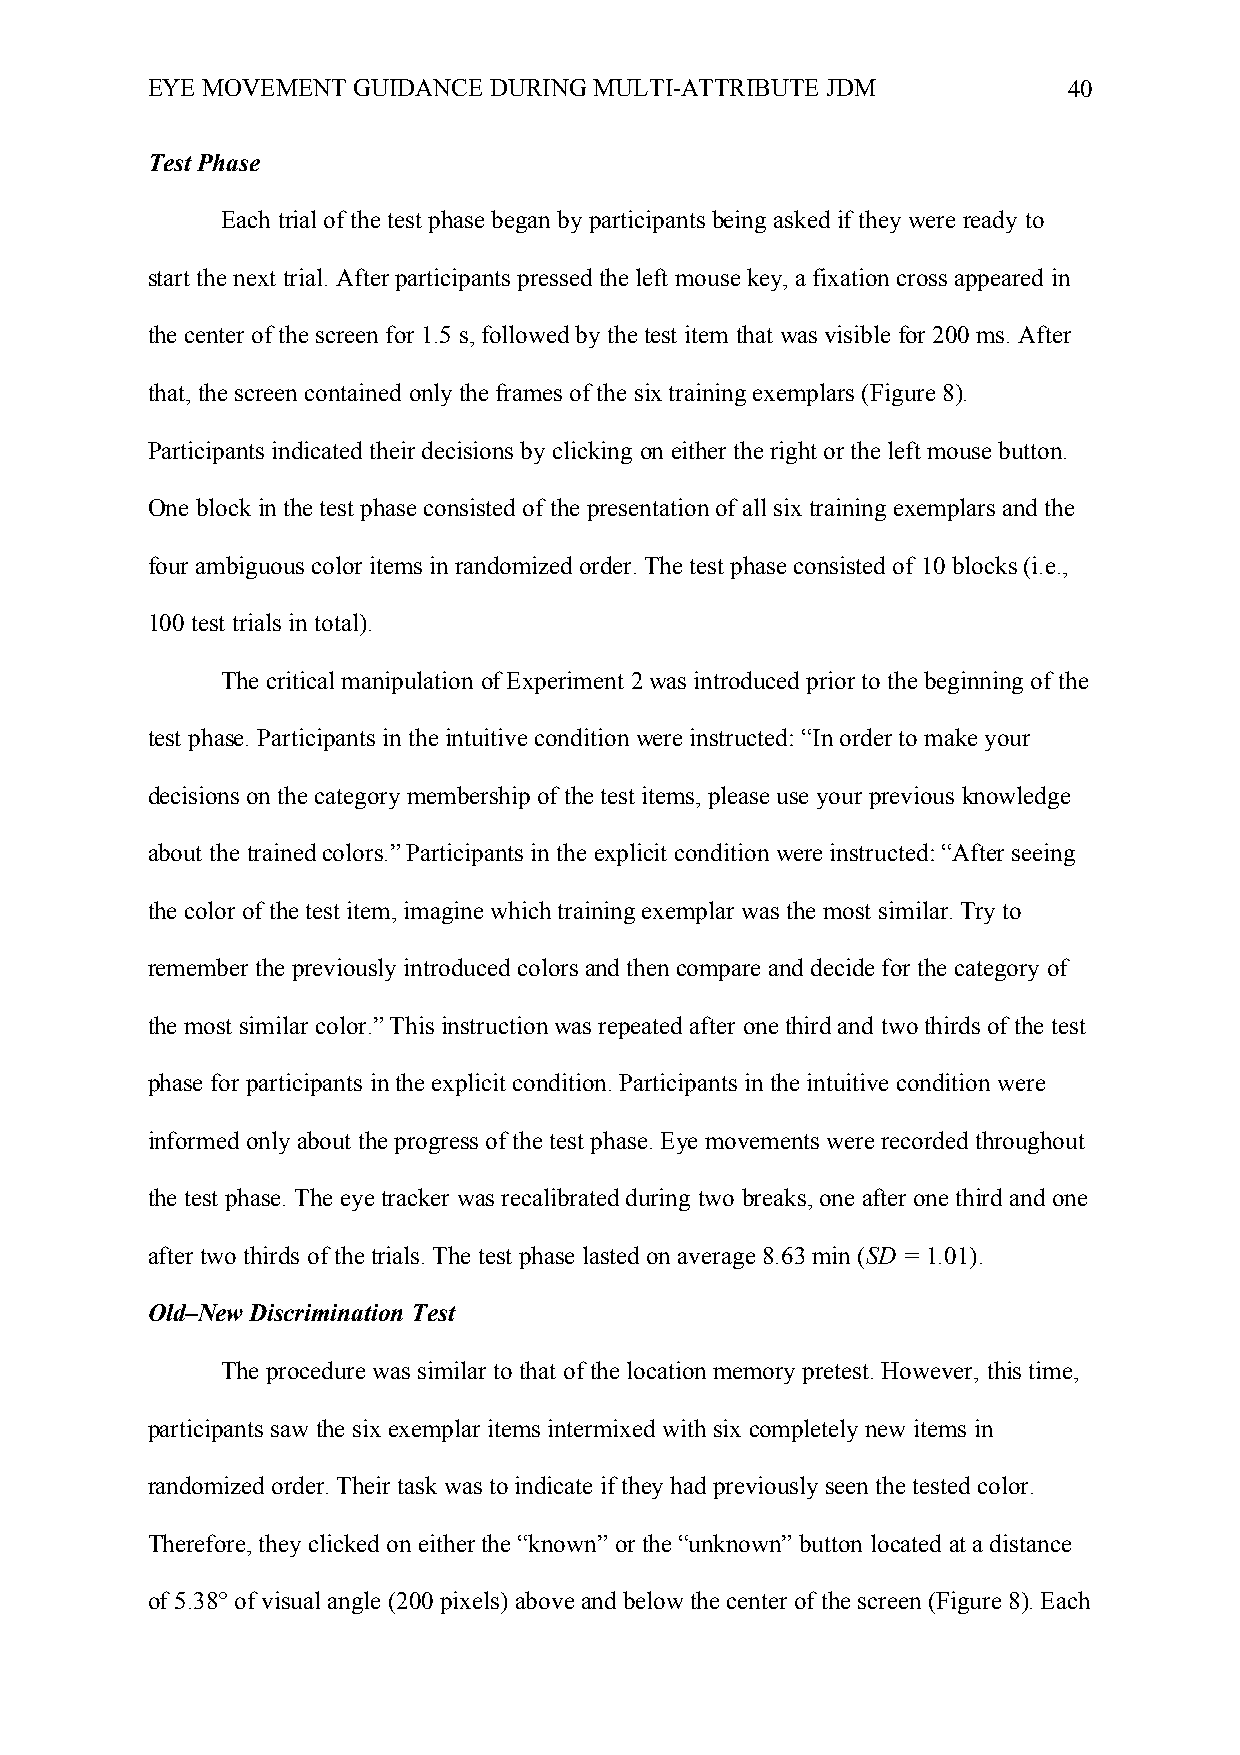
EYE MOVEMENT GUIDANCE DURING MULTI-ATTRIBUTE JDM             40
 Test Phase
 Each trial of the test phase began by participants being asked if they were ready to
 start the next trial. After participants pressed the left mouse key, a fixation cross appeared in
 the center of the screen for 1.5 s, followed by the test item that was visible for 200 ms. After
 that, the screen contained only the frames of the six training exemplars (Figure 8).
 Participants indicated their decisions by clicking on either the right or the left mouse button.
 One block in the test phase consisted of the presentation of all six training exemplars and the
 four ambiguous color items in randomized order. The test phase consisted of 10 blocks (i.e.,
 100 test trials in total).
 The critical manipulation of Experiment 2 was introduced prior to the beginning of the
 test phase. Participants in the intuitive condition were instructed: “In order to make your
 decisions on the category membership of the test items, please use your previous knowledge
 about the trained colors.” Participants in the explicit condition were instructed: “After seeing
 the color of the test item, imagine which training exemplar was the most similar. Try to
 remember the previously introduced colors and then compare and decide for the category of
 the most similar color.” This instruction was repeated after one third and two thirds of the test
 phase for participants in the explicit condition. Participants in the intuitive condition were
 informed only about the progress of the test phase. Eye movements were recorded throughout
 the test phase. The eye tracker was recalibrated during two breaks, one after one third and one
 after two thirds of the trials. The test phase lasted on average 8.63 min (SD = 1.01).
 Old–New Discrimination Test
 The procedure was similar to that of the location memory pretest. However, this time,
 participants saw the six exemplar items intermixed with six completely new items in
 randomized order. Their task was to indicate if they had previously seen the tested color.
 Therefore, they clicked on either the “known” or the “unknown” button located at a distance
 of 5.38° of visual angle (200 pixels) above and below the center of the screen (Figure 8). Each